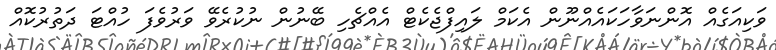
ވަކިއަގެއް އޮންނަވާހަކައެއްނޫން އެކަމް ލައިފްޖެކެޓް އެއްޗެހި ބޭނުން ނުކުރެވޭ ވަރުވެފަ ހުއްޓަ ދަތުރުކޮއް